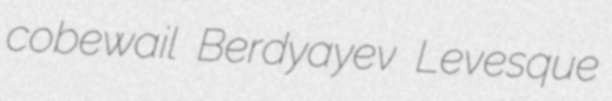
cobewail Berdyayev Levesque